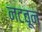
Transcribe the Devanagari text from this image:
नटवून